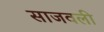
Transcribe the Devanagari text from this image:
साजवली